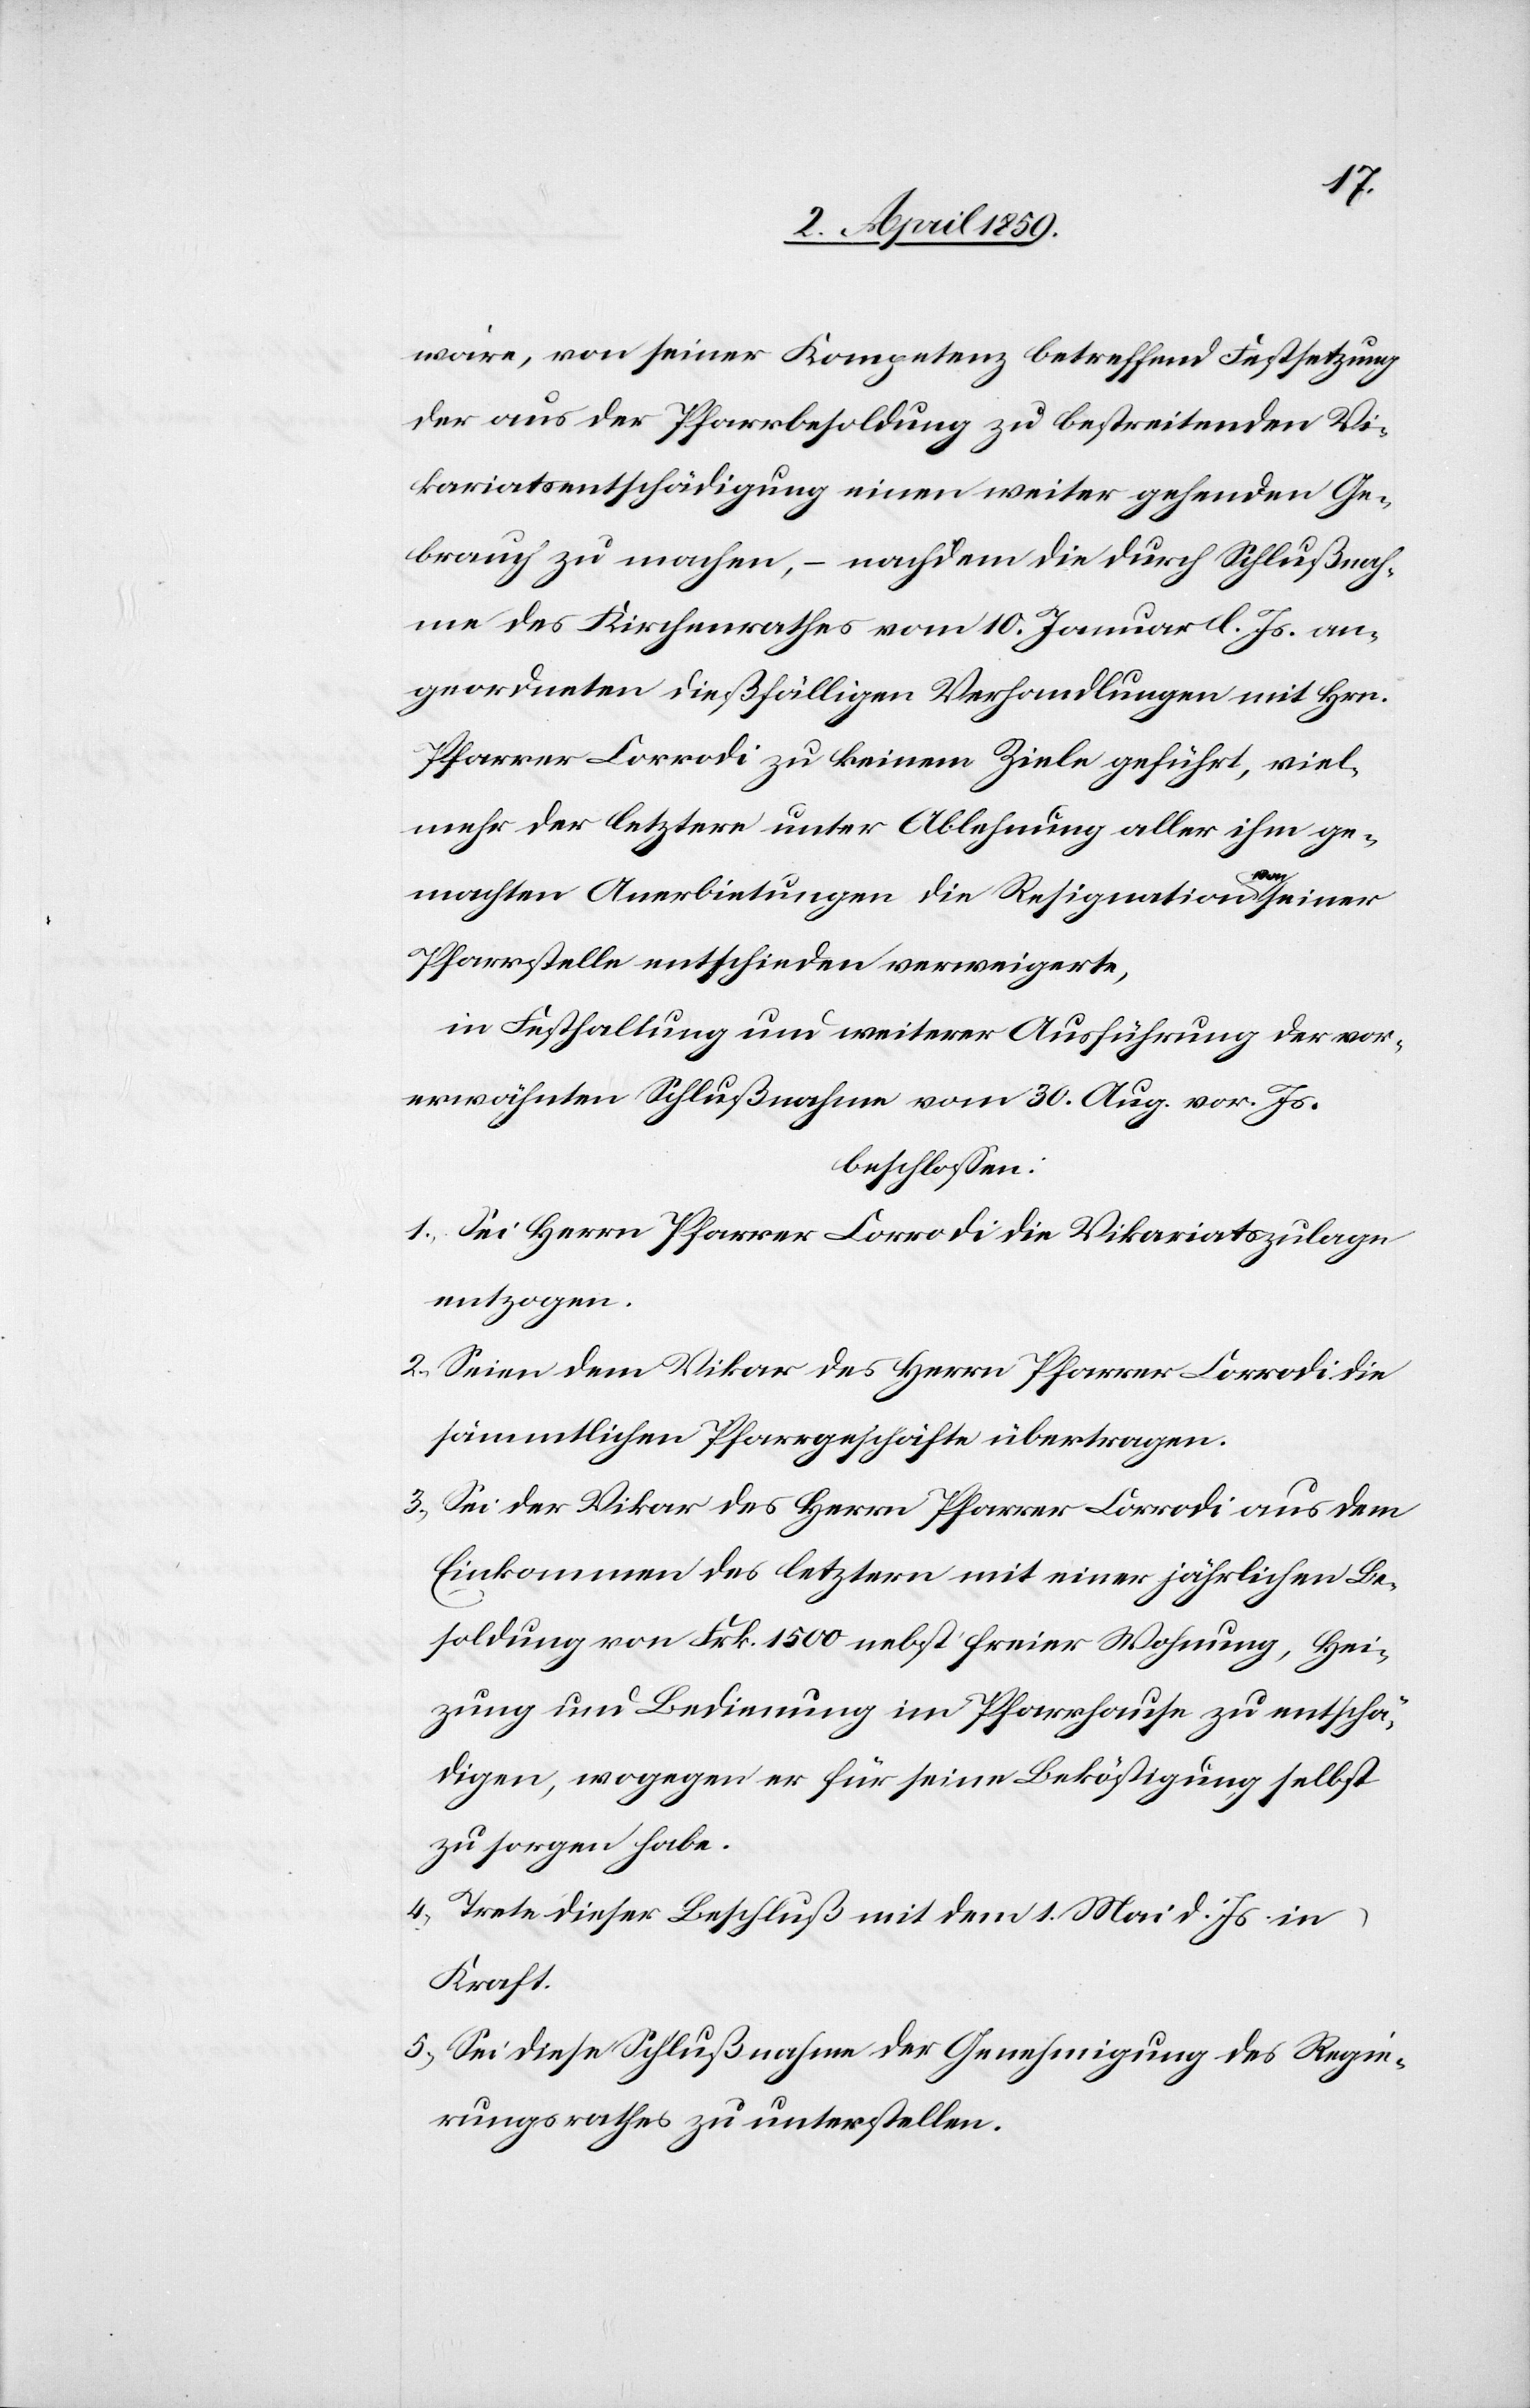
wäre, von seiner Kompetenz betreffend Festsetzung
der aus der Pfarrbesoldung zu bestreitenden Vi¬
kariatsentschädigung einen weiter gehenden Ge¬
brauch zu machen, – nachdem die durch Schlußnah¬
me des Kirchenrathes vom 10. Januar d. Js. an¬
geordneten dießfälligen Verhandlungen mit Hrn.
Pfarrer Corrodi zu keinem Ziele geführt, viel¬
mehr der letztere unter Ablehnung aller ihm ge¬
machten Anerbietungen die Resignation von seiner
Pfarrstelle entschieden verweigerte,
in Festhaltung um weiterer Ausführung der vor¬
erwähnten Schlußnahme vom 30. Aug. vor. Js.
beschloßen:
1. Sei Herrn Pfarrer Corrodi die Vikariatszulage
entzogen.
2. Seien dem Vikar des Herrn Pfarrer Corrodi die
sämmtlichen Pfarrgeschäfte übertragen.
3. Sei der Vikar des Herrn Pfarrer Corrodi aus dem
Einkommen des letztern mit einer jährlichen Be¬
soldung von Frk. 1500 nebst freier Wohnung, Hei¬
zung und Bedienung im Pfarrhause zu entschä¬
digen, wogegen er für seine Beköstigung selbst
zu sorgen habe.
4. Trete dieser Beschluß mit dem 1. Mai d. Js. in
Kraft.
5. Sei diese Schlußnahme der Genehmigung des Regie¬
rungsrathes zu unterstellen.